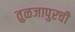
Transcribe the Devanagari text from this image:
तुळजापुरची